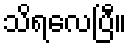
သိရလေပြီ။